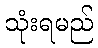
သုံးရမည်